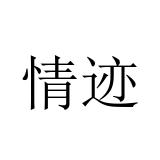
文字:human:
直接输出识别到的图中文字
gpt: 情迹